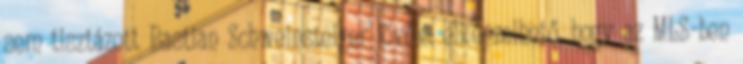
sem tisztázott Bastian Schweinsteiger jövője: elképzelhető, hogy az MLS-ben